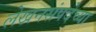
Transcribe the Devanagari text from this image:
लेखनसंपदेच्या